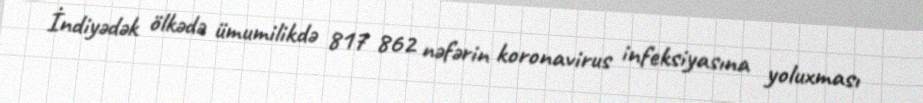
İndiyədək ölkədə ümumilikdə 817 862 nəfərin koronavirus infeksiyasına yoluxması